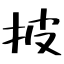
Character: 披